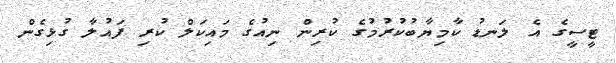
ޓީސީގެ އެ ލަނޑު ކާމިޔާބުކުރުމުގެ ކުރިން ނިއުގެ މައިކަލް ކުރި ފައުލާ ގުޅިގެން